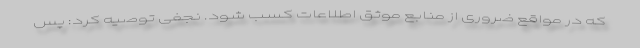
که در مواقع ضروری از منابع موثق اطلاعات کسب شود. نجفی توصیه کرد: پس